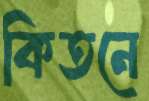
কিতনে